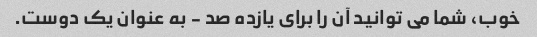
خوب، شما می توانید آن را برای یازده صد - به عنوان یک دوست.